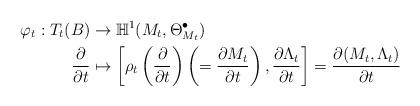
LaTeX: \begin{align*}\varphi_t:T_t(B) &\to \mathbb{H}^1(M_t,\Theta_{M_t}^\bullet)\\\frac{\partial}{\partial t} &\mapsto \left[\rho_t\left(\frac{\partial}{\partial t}\right)\left(=\frac{\partial{M}_t}{\partial t}\right), \frac{\partial{\Lambda_t}}{\partial t}\right]=\frac{\partial (M_t,\Lambda_t)}{\partial t}\end{align*}